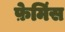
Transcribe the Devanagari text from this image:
फ़ेमिंस